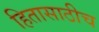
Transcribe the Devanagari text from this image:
हितासाठीच